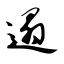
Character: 遢